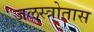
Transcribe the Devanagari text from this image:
जलस्त्रोतास